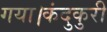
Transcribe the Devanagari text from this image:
गया।कंदुकुरी